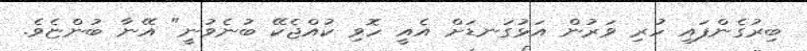
ބިރުގެންފައި ހުރި ވަރުން އަޅުގަނޑަށް އެއީ ހޮވި ކުއްޖެކޭ ބުނެވުނީ" އޭނާ ބުންޏެވެ.